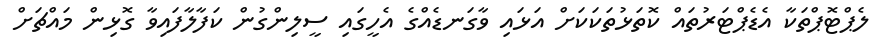
ލެޕްޓޮޕްތަކާ އެޑެޕްޓަރުތައް ކޮތަޅުތަކަކަށް އަޅައި ވާގަނޑެއްގެ އެހީގައި ސީލިންގުން ކަފާލާފައިވާ ގޮޅިން މައްޗަށް